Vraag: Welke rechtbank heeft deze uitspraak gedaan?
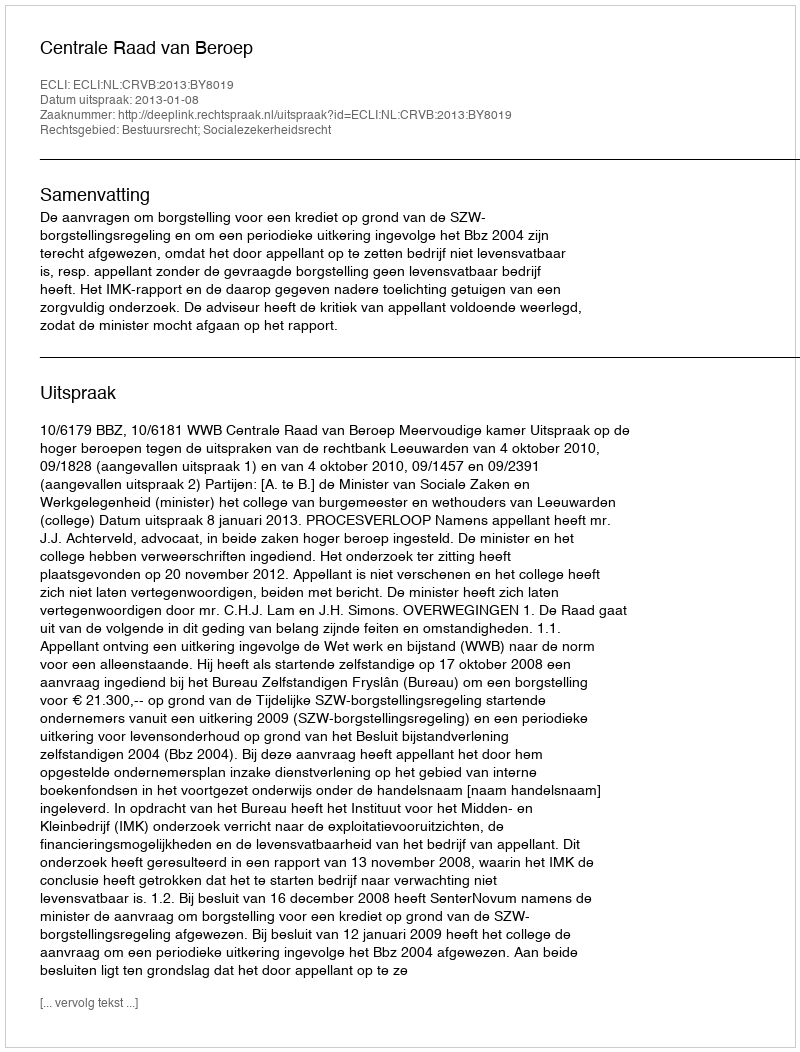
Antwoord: Centrale Raad van Beroep